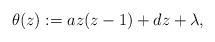
LaTeX: \begin{align*}\theta(z) := az(z-1)+d z +\lambda, \end{align*}